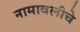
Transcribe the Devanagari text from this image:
नामावलीचे